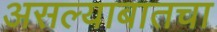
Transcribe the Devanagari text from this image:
असल्याबातचा